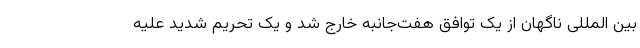
بین المللی ناگهان از یک توافق هفت‌جانبه خارج شد و یک تحریم شدید علیه